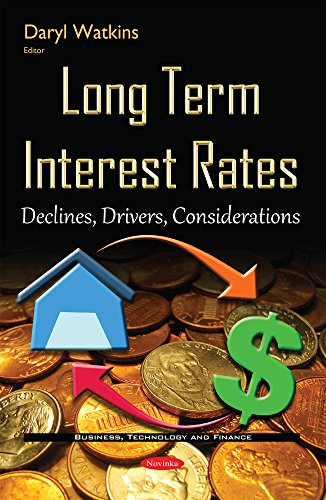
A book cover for Long Term Interest Rates: Declines, Drivers, Considerations; Business & Money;